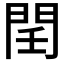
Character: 𨳝